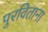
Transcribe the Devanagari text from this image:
पुरविताना